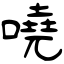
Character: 嘵